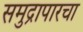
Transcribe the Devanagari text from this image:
समुद्रापारचा